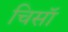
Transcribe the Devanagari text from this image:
चिसॉ